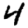
Digit: 4